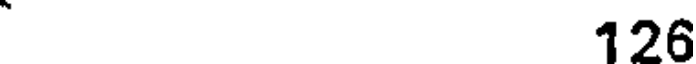
126